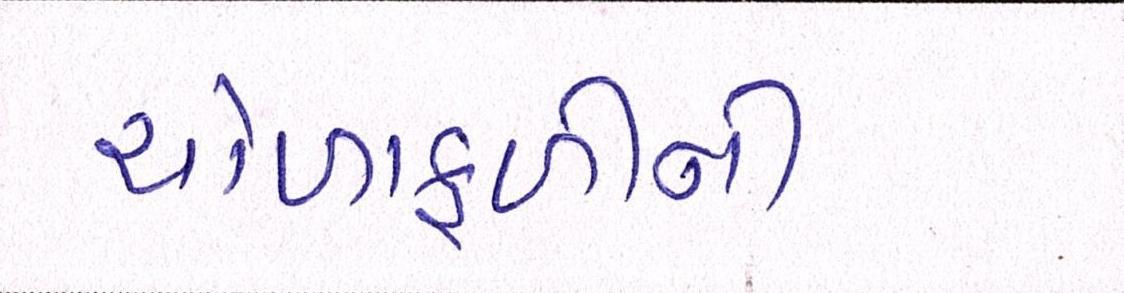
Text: ચોળાફળીની